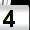
Digit: 4